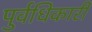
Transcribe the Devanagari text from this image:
पुर्वधिकारी